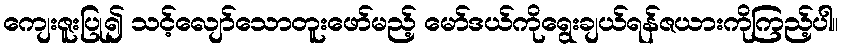
ကျေးဇူးပြု၍ သင့်လျော်သောတူးဖော်မည့် မော်ဒယ်ကိုရွေးချယ်ရန်ဇယားကိုကြည့်ပါ။